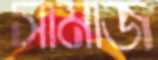
সামাজ